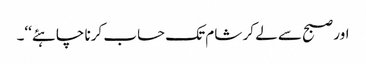
اور صبح سے لے کر شام تک حساب کرنا چاہئے‘‘۔